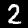
Digit: 2